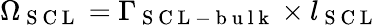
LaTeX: \Omega_{\mathrm{~S~C~L~}}=\Gamma_{\mathrm{~S~C~L~-~b~u~l~k~}}\times l_{\mathrm{~S~C~L~}}